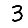
Digit: 3